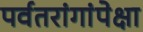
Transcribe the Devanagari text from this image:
पर्वतरांगांपेक्षा